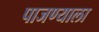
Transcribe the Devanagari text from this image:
पाजण्याला